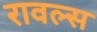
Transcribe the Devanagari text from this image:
रावल्स